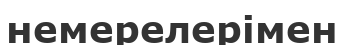
немерелерімен